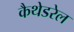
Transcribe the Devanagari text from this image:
कैथेडरेल